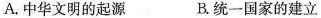
A.中华文明的起源 B.统一国家的建立